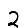
Digit: 2